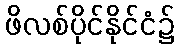
ဖိလစ်ပိုင်နိုင်ငံ၌